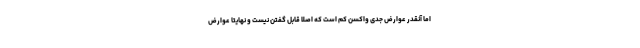
اما آنقدر عوارض جدی واکسن کم است که اصلا قابل گفتن نیست و نهایتا عوارض